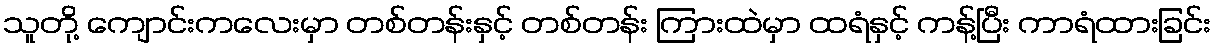
သူတို့ ကျောင်းကလေးမှာ တစ်တန်းနှင့် တစ်တန်း ကြားထဲမှာ ထရံနှင့် ကန့်ပြီး ကာရံထားခြင်း